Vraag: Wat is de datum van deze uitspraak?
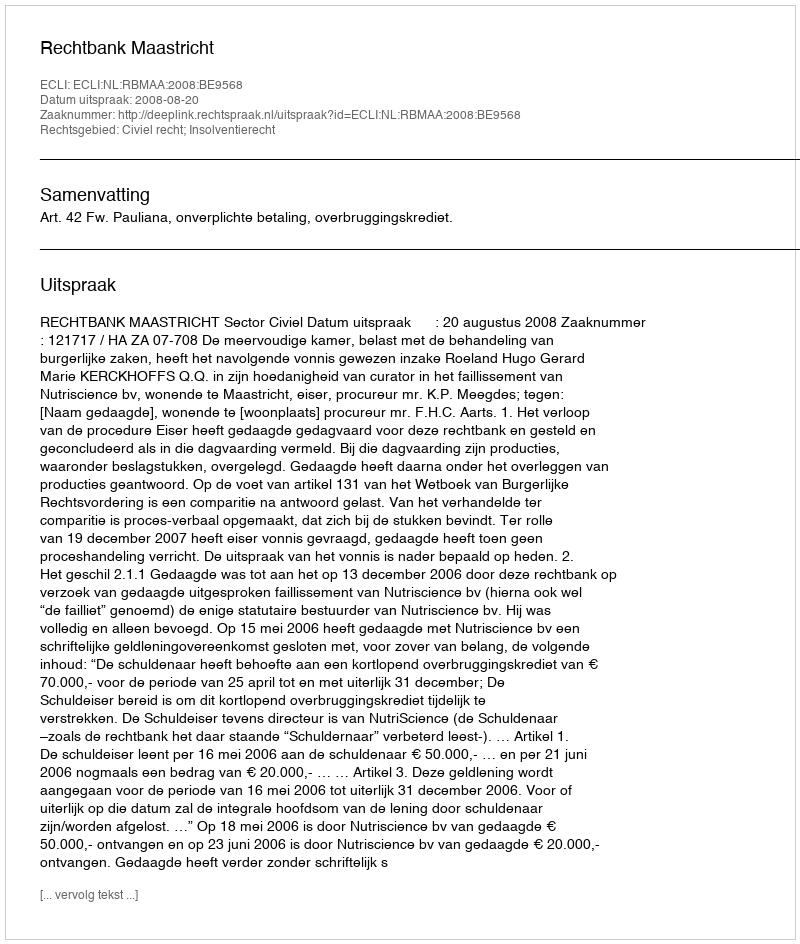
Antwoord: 2008-08-20